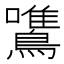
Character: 鷕